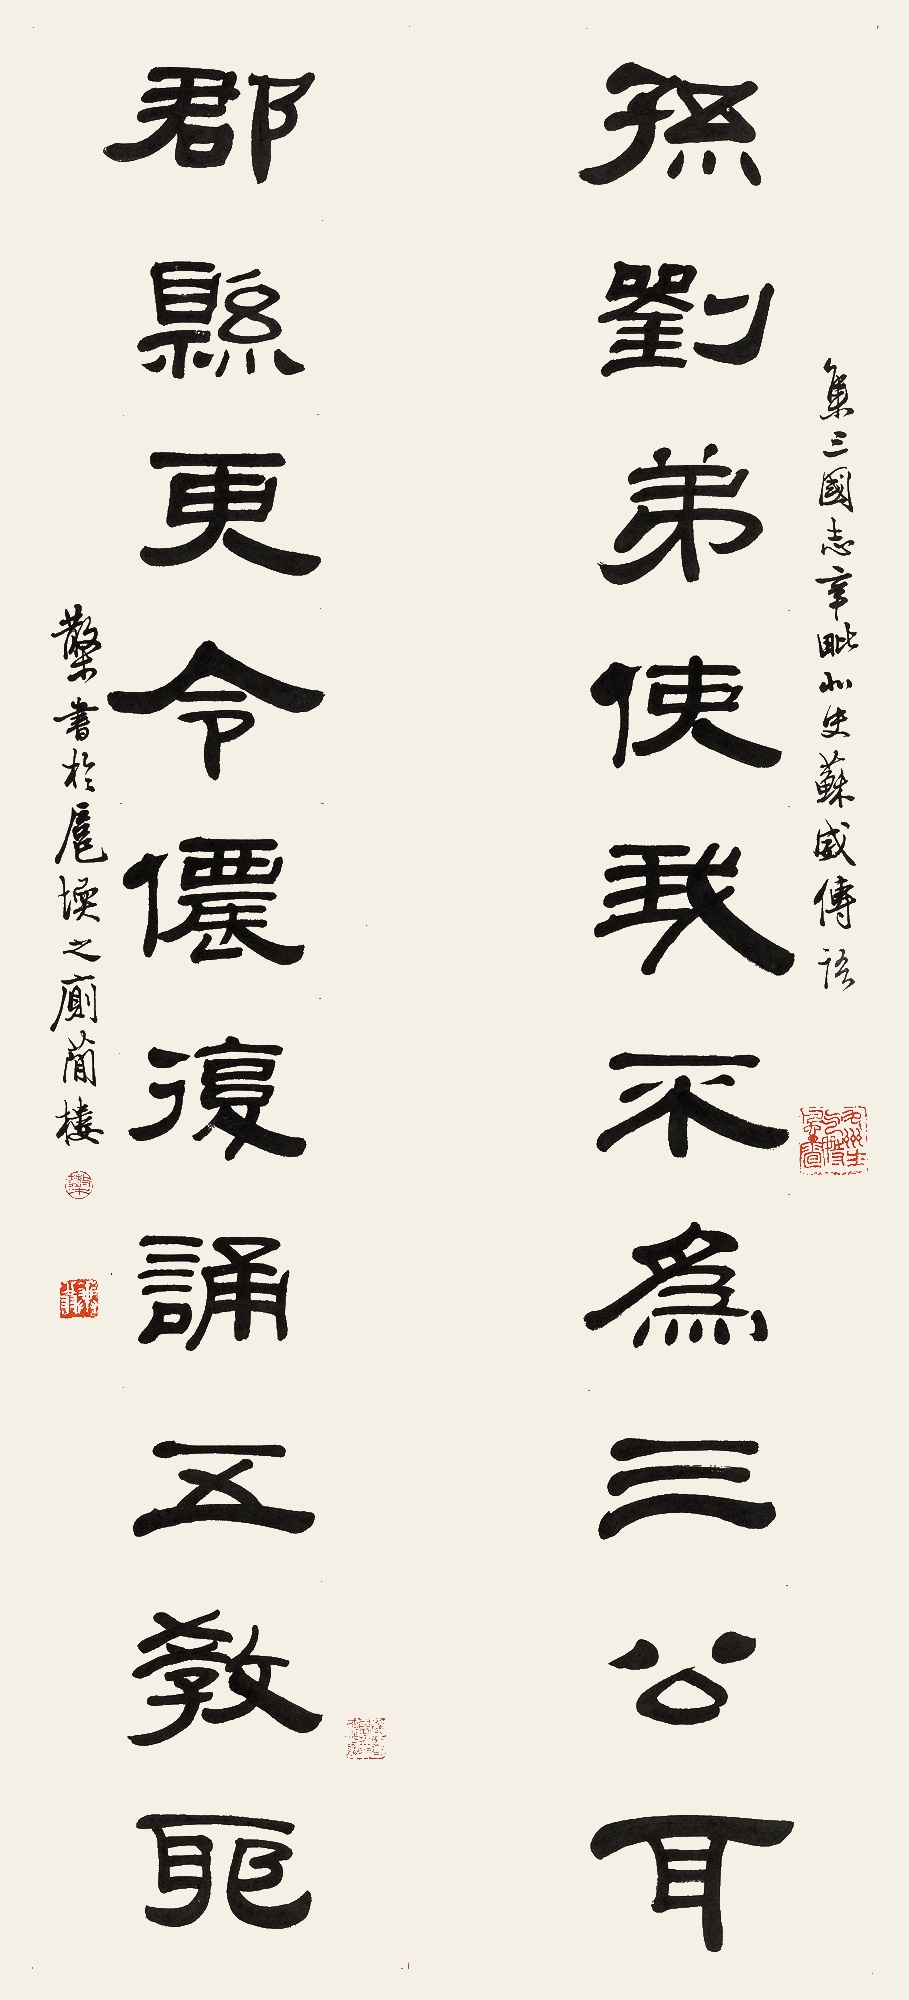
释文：孙刘弟使我不为三公耳，郡县更令侬复诵五教耶。集《三国志·辛毗北史苏威传》语，散木书于扈堧之厕简楼。